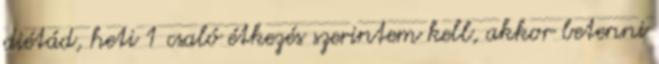
diétád, heti 1 csaló étkezés szerintem kell, akkor betenni